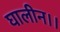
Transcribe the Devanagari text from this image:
घालीन।।